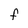
Character: F